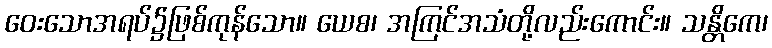
ဝေးသောအရပ်၌ဖြစ်ကုန်သော။ ယေစ၊ အကြင်အသံတို့လည်းကောင်း။ သန္တိကေ၊